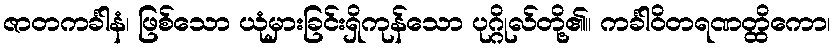
ဇာတကင်္ခါနံ၊ ဖြစ်သော ယုံမှားခြင်းရှိကုန်သော ပုဂ္ဂိုလ်တို့၏။ ကင်္ခါဝိတရဏတ္ထိကော၊